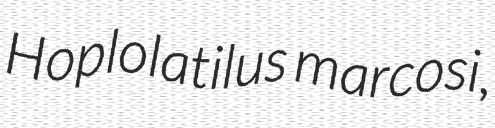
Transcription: Hoplolatilus marcosi,